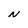
Character: N